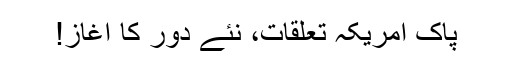
پاک امریکہ تعلقات، نئے دور کا آغاز!